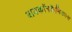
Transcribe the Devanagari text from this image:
बायकॉनकैमिकल्स